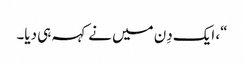
“، ایک دِن میں نے کہہ ہی دیا۔